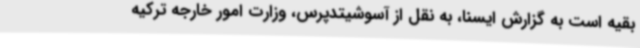
بقیه است به گزارش ایسنا، به نقل از آسوشیتدپرس، وزارت امور خارجه ترکیه